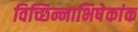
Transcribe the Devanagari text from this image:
विच्छिन्नाभिषेकांक